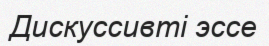
Дискуссивті эссе